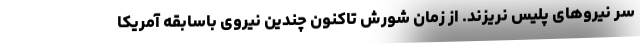
سر نیروهای پلیس نریزند. از زمان شورش تاکنون چندین نیروی باسابقه آمریکا